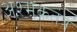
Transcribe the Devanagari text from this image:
अश्मकतंत्र